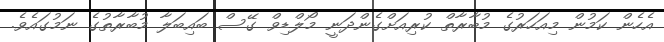
އެހެން ކަމުން މިއަހަރުގެ މުބާރާތް ކުރިއަށްގެންދަނީ މޯލްޑިވް ގޭސް ބައިބަލާ މުބާރާތުގެ ނަމުގައެވެ.